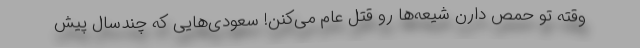
وقته تو حمص دارن شیعه‌ها رو قتل عام می‌کنن! سعودی‌هایی که چندسال پیش